Leningradi_Edasi_toimetus, lk 37
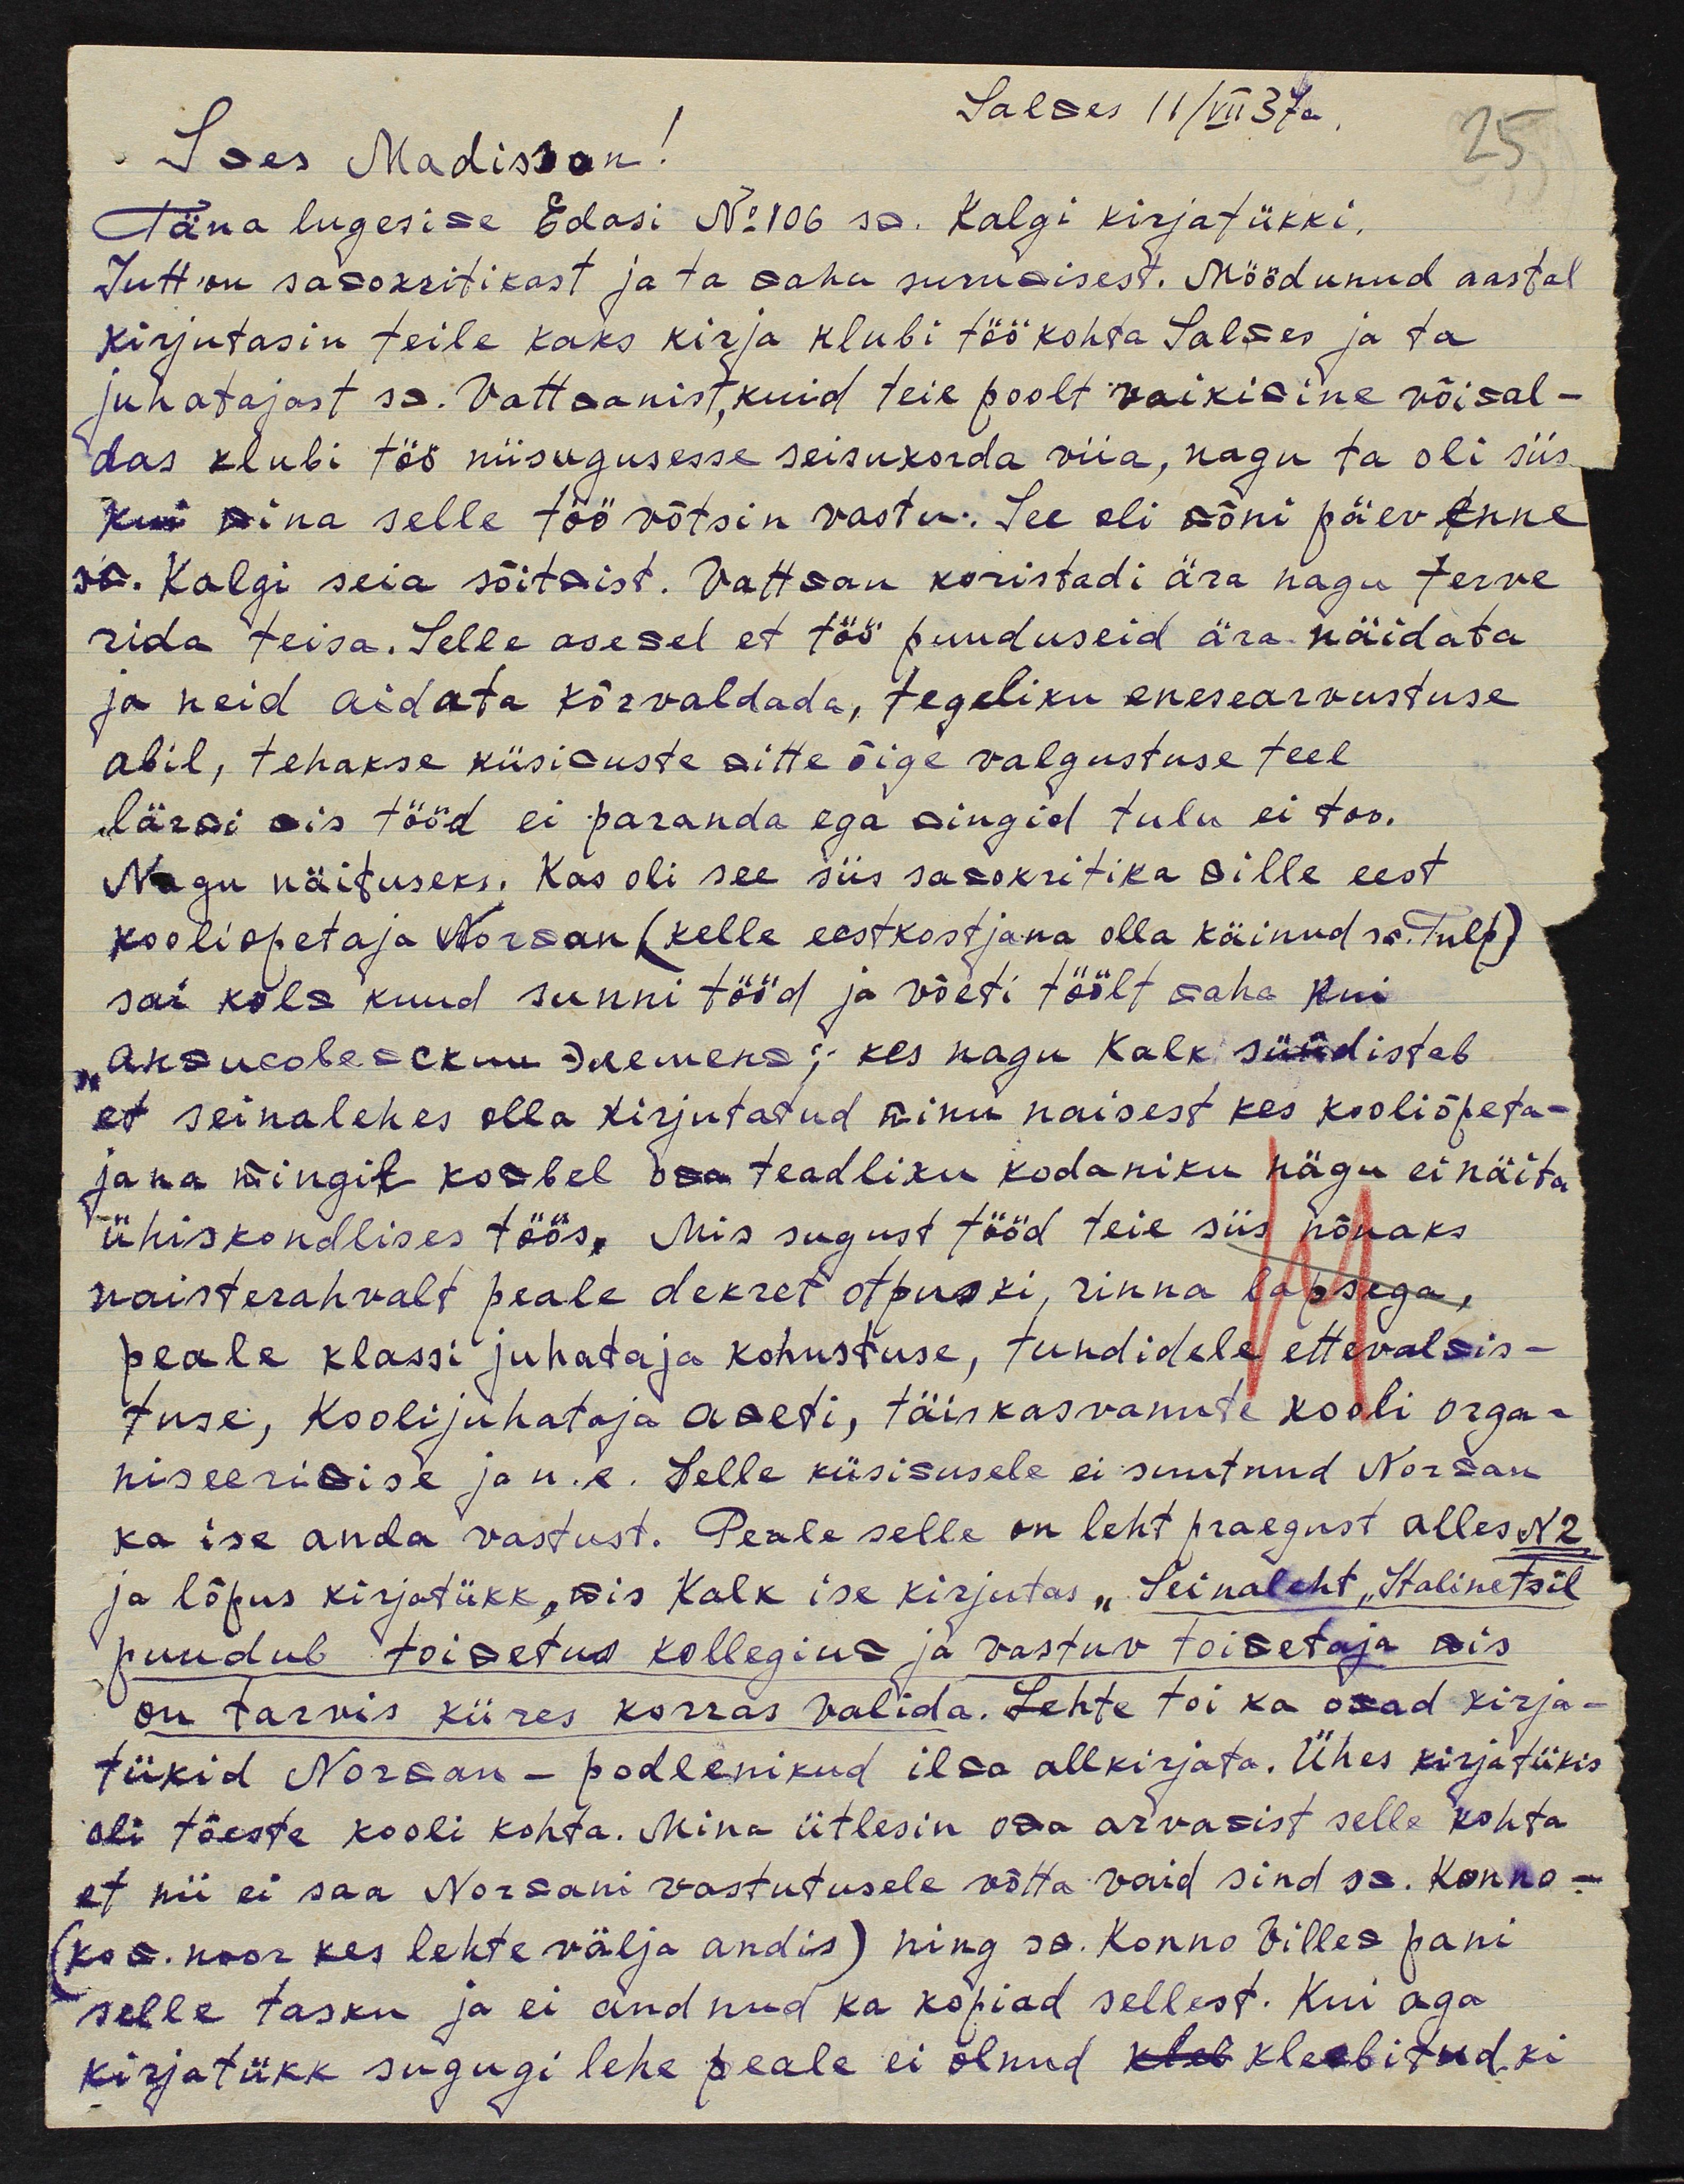
Salmes 11/VIII 37a
Smes Madisson!
Täna lugesime Edasi No:106 s.a. Kalgi kirjatükki.
Jutt on samakritikast ja ta mahu surumisest. Möödunud aastal
kirjutasin teile kaks kirja klubi töö kohta Salmes ja ta
juhatajast sm. Vattmanist, kuid teie poolt vaikimine võimal-
das klubi töö niisugusesse seisukorda viia, nagu ta oli siis
kui mina selle töö võtsin vastu. See oli mõni päev enne
sm. Kalgi siia sõitmist. Vattman koristadi ära nagu terve
rida teisa. Selle asemel et töö puuduseid ära näidata
ja neid aidata kõrvaldada, tegeliku enesearvustuse
abil, tehakse küsimuste mitte õige valgustuse teel
lärmi mis tööd ei paranda ega mingid tulu ei too.
Nagu näituseks. Kas oli see siis samakritika mille eest
kooliõpetaja Norman (kelle eestkostjana olla käinud sm.Tulp)
sai kolm kuud sunni tööd ja võeti töölt maha kui
"Aksucoleскипетскъ; kes nagu Kalk süüdistab
et seinalehes olla kirjutatud minu naisest kes kooliõpeta-
jana mingit kombel osa teadliku kodaniku nägu ei näita
ühiskondlises töös. Missugust tööd teie siis nõuaks
naisterahvalt peale dekret otpuski, rinna lapsega,
peale klassi juhataja kohustuse, tundidele ettevalmis-
tuse, koolijuhataja ameti, täiskasvanute kooli orga-
niseerimise ja n.e. Selle küsimusele ei suutnud Norman
ka ise anda vastust. Peale selle on leht praegust alles N2
ja lõpus kirjatükk, mis Kalk ise kirjutas "Seinaleht" Halinetsil
puudub toimetus kollegium ja vastuv toimetaja mis
on tarvis kiires korras valida. Lehte toi ka omad kirja-
tükid Norman-podlenikud ilma allkirjata. Ühes kirjAtükis
oli tõeste kooli kohta. Mina ütlesin oma arvamist selle kohta
et nii ei saa Normani vastutusele võtta vaid sind sm. Konno.
(kom. noor kes lehte välja andis) ning sm. Konno Villem pani
selle tasku ja ei andnud ka kopiad sellest. Kui aga
kirjatükk sugugi lehe peale ei olnud kleb kleebitudki